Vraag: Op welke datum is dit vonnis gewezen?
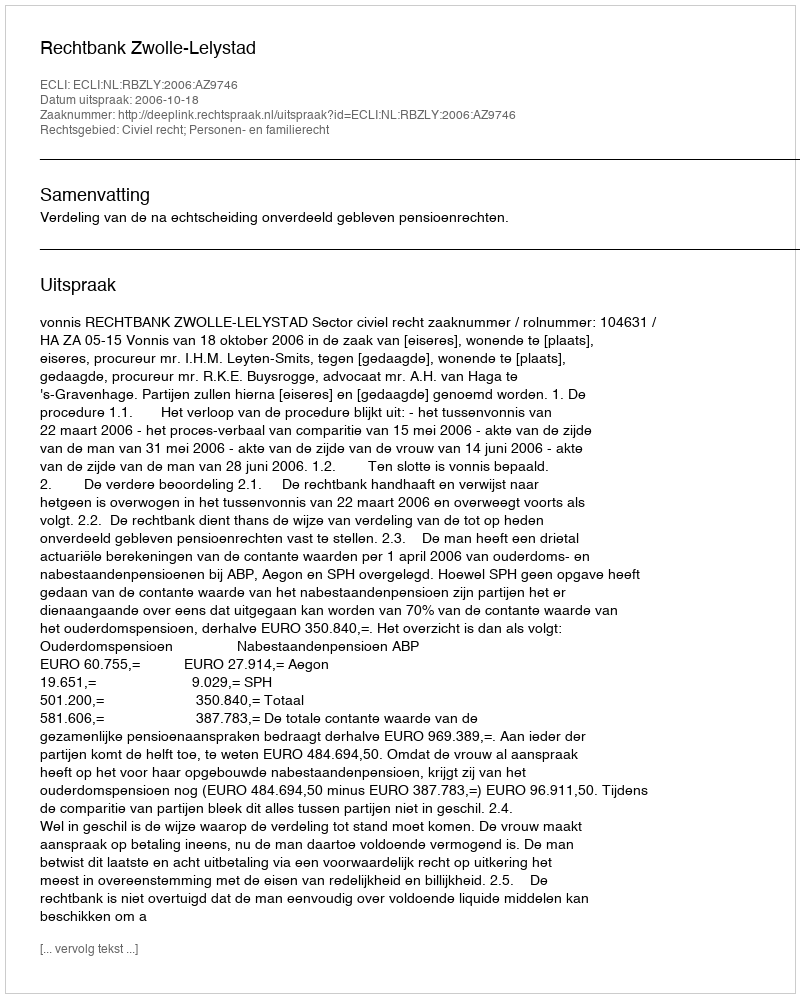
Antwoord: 2006-10-18